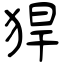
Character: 猂